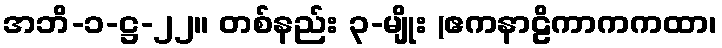
အဘိ-၁-ဋ္ဌ-၂၂။ တစ်နည်း ၃-မျိုး (ဧကနာဠိကာကကထာ၊